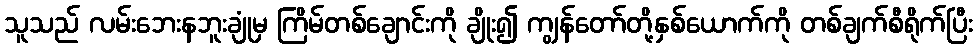
သူသည် လမ်းဘေးနဘူးချုံမှ ကြိမ်တစ်ချောင်းကို ချိုး၍ ကျွန်တော်တို့နှစ်ယောက်ကို တစ်ချက်စီရိုက်ပြီး